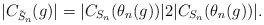
LaTeX: \begin{align*}|C_{\tilde{S}_n}(g)|=|C_{S_n}(\theta_n(g))|2|C_{S_n}(\theta_n(g))|.\end{align*}